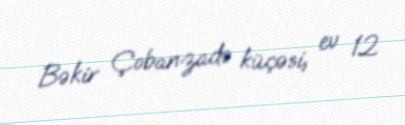
Bəkir Çobanzadə küçəsi, ev 12